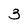
Character: 3